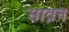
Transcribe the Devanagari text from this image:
साव्रन